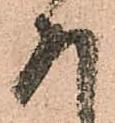
存